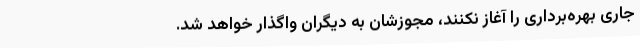
جاری بهره‌برداری را آغاز نکنند، مجوزشان به دیگران واگذار خواهد شد.